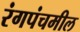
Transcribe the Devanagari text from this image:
रंगपंचमील